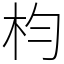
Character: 枃